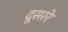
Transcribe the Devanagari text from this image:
दूसररे